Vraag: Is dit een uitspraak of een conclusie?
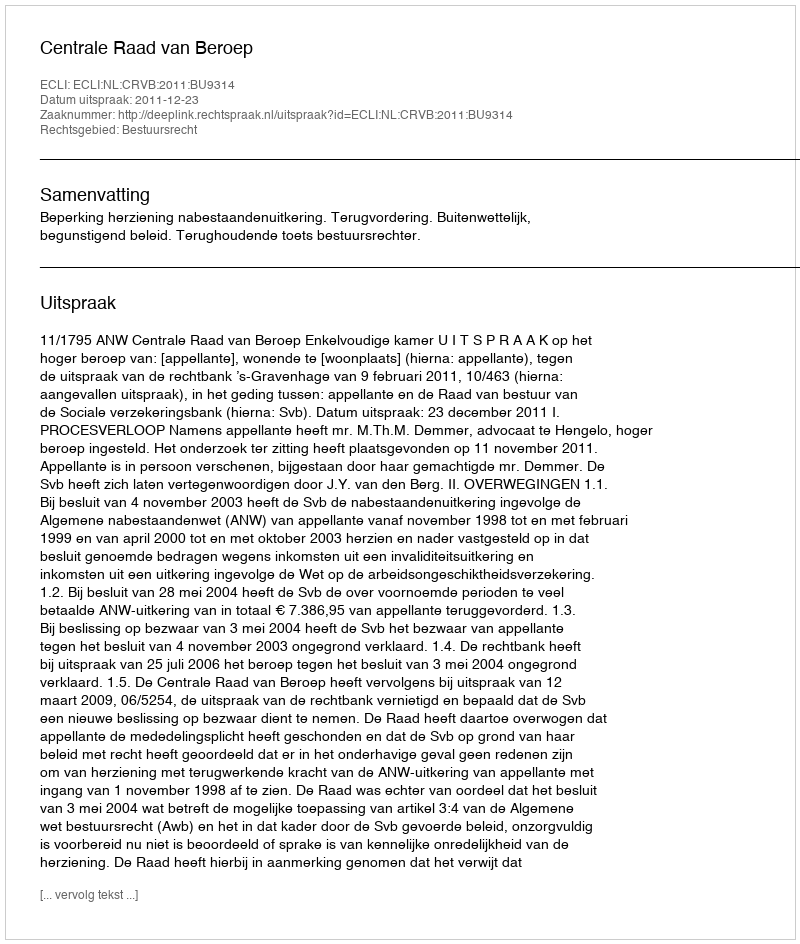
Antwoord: Uitspraak